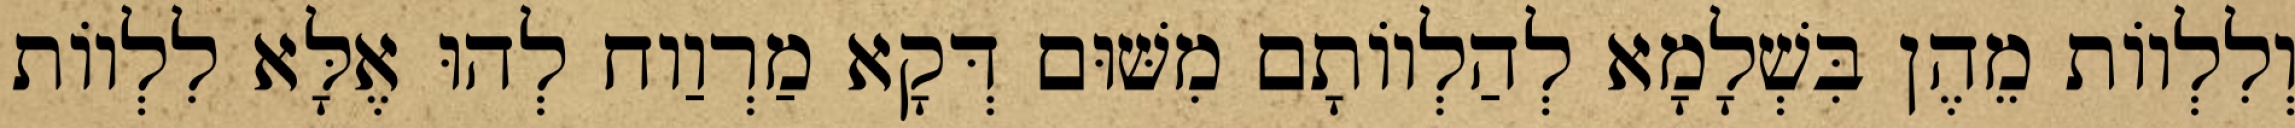
וְלִלְווֹת מֵהֶן בִּשְׁלָמָא לְהַלְווֹתָם מִשּׁוּם דְּקָא מַרְוַוח לְהוּ אֶלָּא לִלְווֹת